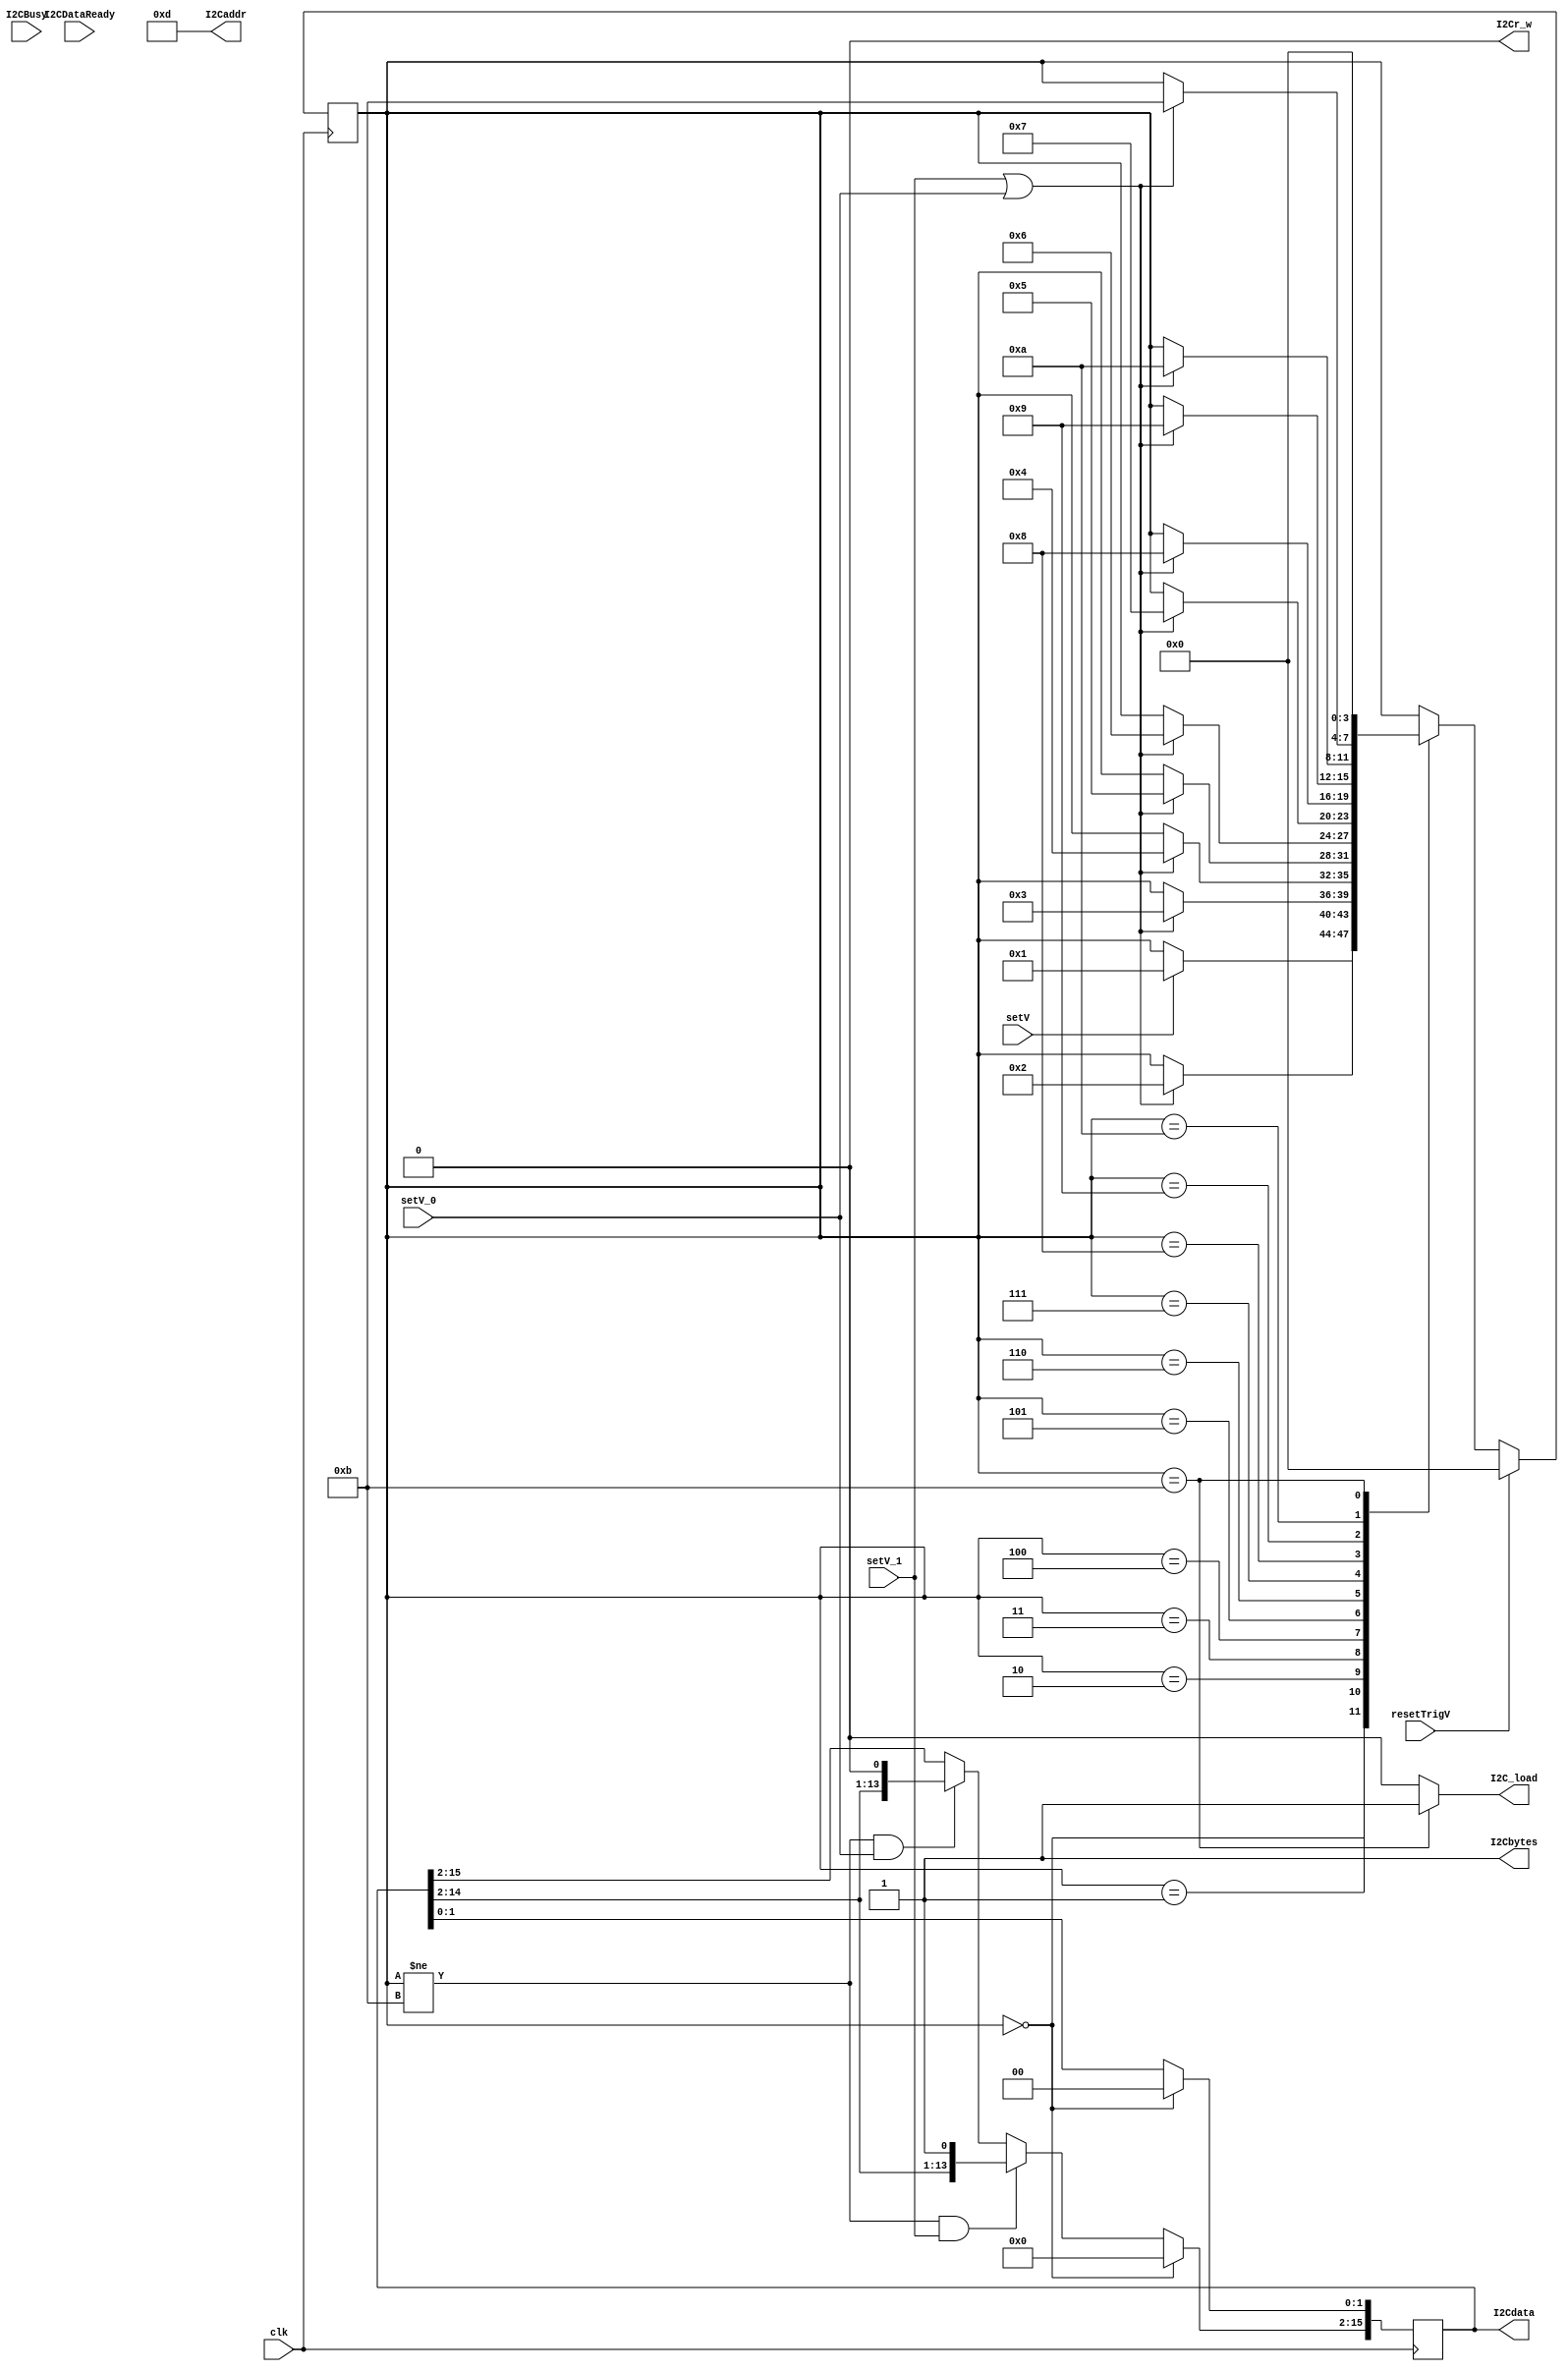
module DACControlFSM(
    input clk,
    input setV,
	 input setV_1,
	 input setV_0,
	 input resetTrigV,
    output [6:0] I2Caddr,
    output [15:0] I2Cdata,
	 output I2Cbytes,
	 output I2Cr_w,
	 output I2C_load,
    input I2CBusy,
    input I2CDataReady
    );

	localparam IDLE = 4'd0,
					RECB9 = 4'd1,
					RECB8 = 4'd2,
					RECB7 = 4'd3,
					RECB6 = 4'd4,
					RECB5 = 4'd5,
					RECB4 = 4'd6,
					RECB3 = 4'd7,
					RECB2 = 4'd8,
					RECB1 = 4'd9,
					RECB0 = 4'd10,
					TRANSMIT = 4'd11;
					
	reg [6:0] Addr_r = 7'b0001101;
	wire OutEnable;
	assign OutEnable = (State == TRANSMIT);
	
	assign I2Caddr = Addr_r;
	assign I2Cdata = DataReg;
	assign I2Cr_w = 1'b0;
	assign I2Cbytes = 1'b1 ;
	assign I2C_load = (OutEnable) ? 1'b1 : 1'b0;
	
	reg [15:0] DataReg = 16'b0;
					
	reg [3:0] State = IDLE;
	reg [3:0] NextState = IDLE;				
				
	//0 - 48, 1 - 49			
	always@(posedge clk)
	begin
		if(State == IDLE)
			DataReg[15:0] <= 16'b0;
		else if(State!= TRANSMIT && setV_1)
			DataReg[15:2] <= {DataReg[14:2], 1'b1}; //last two bits are always 0;
		else if(State!= TRANSMIT && setV_0)
			DataReg[15:2] <= {DataReg[14:2], 1'b0}; //last two bits are always 0;
	end		
		
	always@(posedge clk) begin
		if(resetTrigV)
			State <= IDLE;
		else
			State <= NextState;
	end
	
	always@(*) begin
		NextState = State;
		case(State)
			IDLE: begin
				if(setV)
					NextState = RECB9;
//				else if (UART_Rx == "v") 
//					NextState = GETDACVAL;
			end
			RECB9: if(setV_1 || setV_0) NextState = RECB8;
			RECB8: if(setV_1 || setV_0) NextState = RECB7;
			RECB7: if(setV_1 || setV_0) NextState = RECB6;
			RECB6: if(setV_1 || setV_0) NextState = RECB5;
			RECB5: if(setV_1 || setV_0) NextState = RECB4;
			RECB4: if(setV_1 || setV_0) NextState = RECB3;
			RECB3: if(setV_1 || setV_0) NextState = RECB2;
			RECB2: if(setV_1 || setV_0) NextState = RECB1;
			RECB1: if(setV_1 || setV_0) NextState = RECB0;
			RECB0: if(setV_1 || setV_0) NextState = TRANSMIT;
			TRANSMIT: NextState = IDLE;
		endcase
	end


endmodule